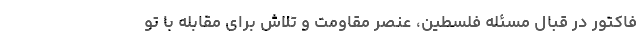
فاکتور در قبال مسئله فلسطین، عنصر مقاومت و تلاش برای مقابله با تو